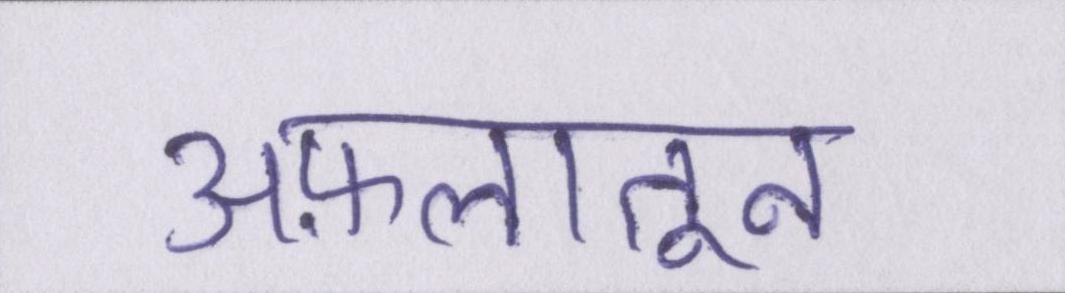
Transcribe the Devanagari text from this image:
अफ़लातून